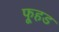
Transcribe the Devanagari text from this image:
फूहड